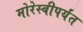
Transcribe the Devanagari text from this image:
मोरेस्बीपर्यंत